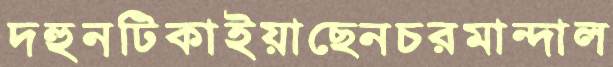
দহুনটিকাইয়াছেনচরমান্দাল